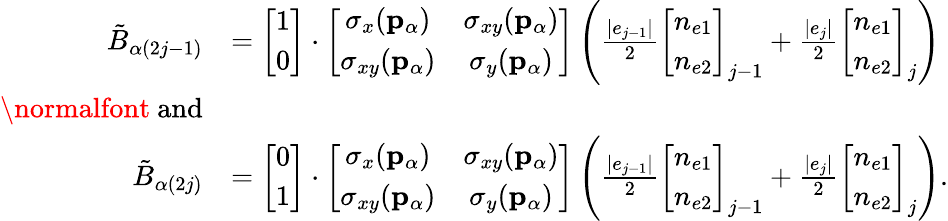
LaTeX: \begin{array}{rl}{\tilde{B}_{\alpha(2j-1)}}&{=\left[\begin{array}{c}{1}\\ {0}\end{array}\right]\cdot\left[\begin{array}{cc}{\sigma_{x}(\mathbf{p}_{\alpha})}&{\sigma_{xy}(\mathbf{p}_{\alpha})}\\ {\sigma_{xy}(\mathbf{p}_{\alpha})}&{\sigma_{y}(\mathbf{p}_{\alpha})}\end{array}\right]\left(\frac{|e_{j-1}|}{2}\left[\begin{array}{c}{n_{e1}}\\ {n_{e2}}\end{array}\right]_{j-1}+\frac{|e_{j}|}{2}\left[\begin{array}{c}{n_{e1}}\\ {n_{e2}}\end{array}\right]_{j}\right)}\\ {\mathrm{\normalfont~and}}&{}\\ {\tilde{B}_{\alpha(2j)}}&{=\left[\begin{array}{c}{0}\\ {1}\end{array}\right]\cdot\left[\begin{array}{cc}{\sigma_{x}(\mathbf{p}_{\alpha})}&{\sigma_{xy}(\mathbf{p}_{\alpha})}\\ {\sigma_{xy}(\mathbf{p}_{\alpha})}&{\sigma_{y}(\mathbf{p}_{\alpha})}\end{array}\right]\left(\frac{|e_{j-1}|}{2}\left[\begin{array}{c}{n_{e1}}\\ {n_{e2}}\end{array}\right]_{j-1}+\frac{|e_{j}|}{2}\left[\begin{array}{c}{n_{e1}}\\ {n_{e2}}\end{array}\right]_{j}\right).}\end{array}